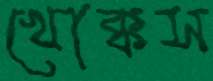
খোক্কস